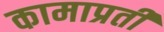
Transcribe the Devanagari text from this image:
कामाप्रती